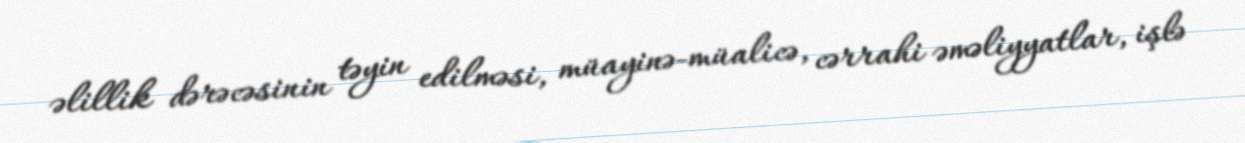
əlillik dərəcəsinin təyin edilməsi, müayinə-müalicə, cərrahi əməliyyatlar, işlə